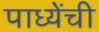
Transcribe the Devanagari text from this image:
पाध्येंची